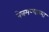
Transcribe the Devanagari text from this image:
नेत्रमण्याच्या